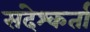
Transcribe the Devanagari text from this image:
संदेश्कर्ता